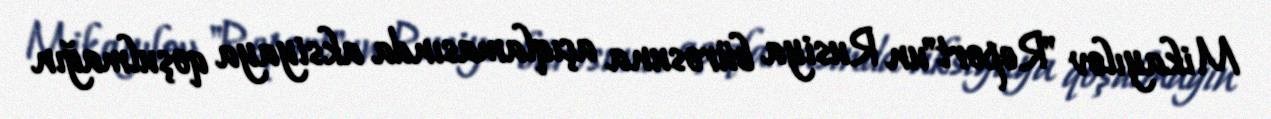
Mikayılov "Report"un Rusiya bürosuna açıqlamasında aksiyaya qoşulmağın